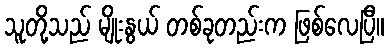
သူတို့သည် မျိုးနွယ် တစ်ခုတည်းက ဖြစ်လေပြီ။